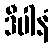
ဒီပါနံ